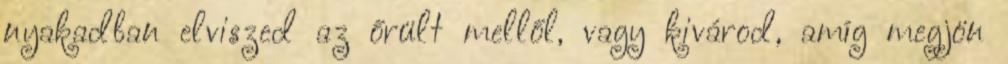
nyakadban elviszed az őrült mellől, vagy kivárod, amíg megjön